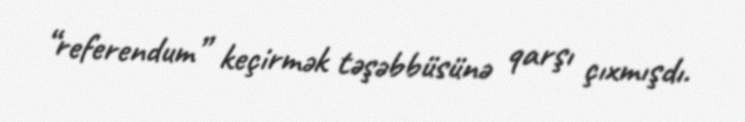
“referendum” keçirmək təşəbbüsünə qarşı çıxmışdı.